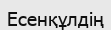
Есенқұлдің